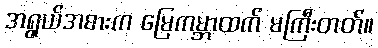
အရွယ်အစားက မြေကမ္ဘာထက် မကြီးတတ်။